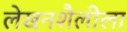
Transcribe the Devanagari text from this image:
लेखनशैलीला